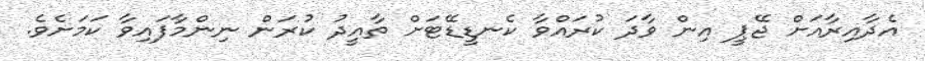
އެދާއިރާއަށް ޖޭޕީ އިން ވާދަ ކުރައްވާ ކެނޑީޑޭޓަށް ތާއީދު ކުރަން ނިންމާފައިވާ ކަމަށެވެ.